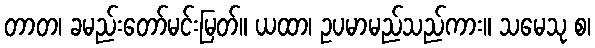
တာတ၊ ခမည်းတော်မင်းမြတ်။ ယထာ၊ ဥပမာမည်သည်ကား။ သမေသု စ၊